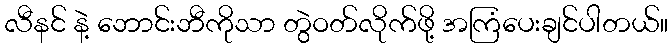
လီနင် နဲ့ ဘောင်းဘီကိုသာ တွဲဝတ်လိုက်ဖို့ အကြံပေးချင်ပါတယ်။